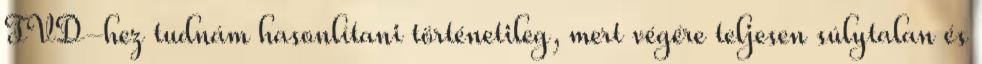
TVD-hez tudnám hasonlítani történetileg, mert végére teljesen súlytalan és